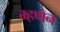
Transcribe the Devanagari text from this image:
म्हणेन